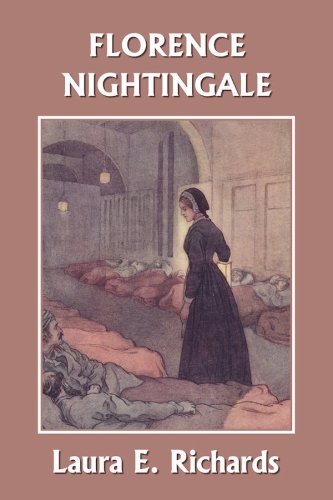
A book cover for Florence Nightingale (Yesterday's Classics); Laura E. Richards; Teen & Young Adult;